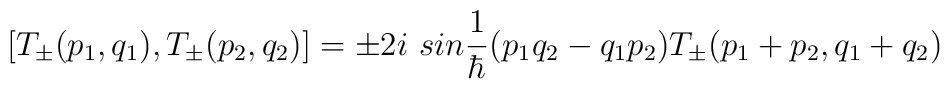
\bigl[ T_{\pm}(p_{1},q_{1}), T_{\pm}(p_{2},q_{2})\bigr]  =\pm 2i\ sin\frac{1}{\hbar}(p_{1}q_{2}-q_{1} p_{2})T_{\pm}(p_{1}+p_{2},q_{1}+q_{2})